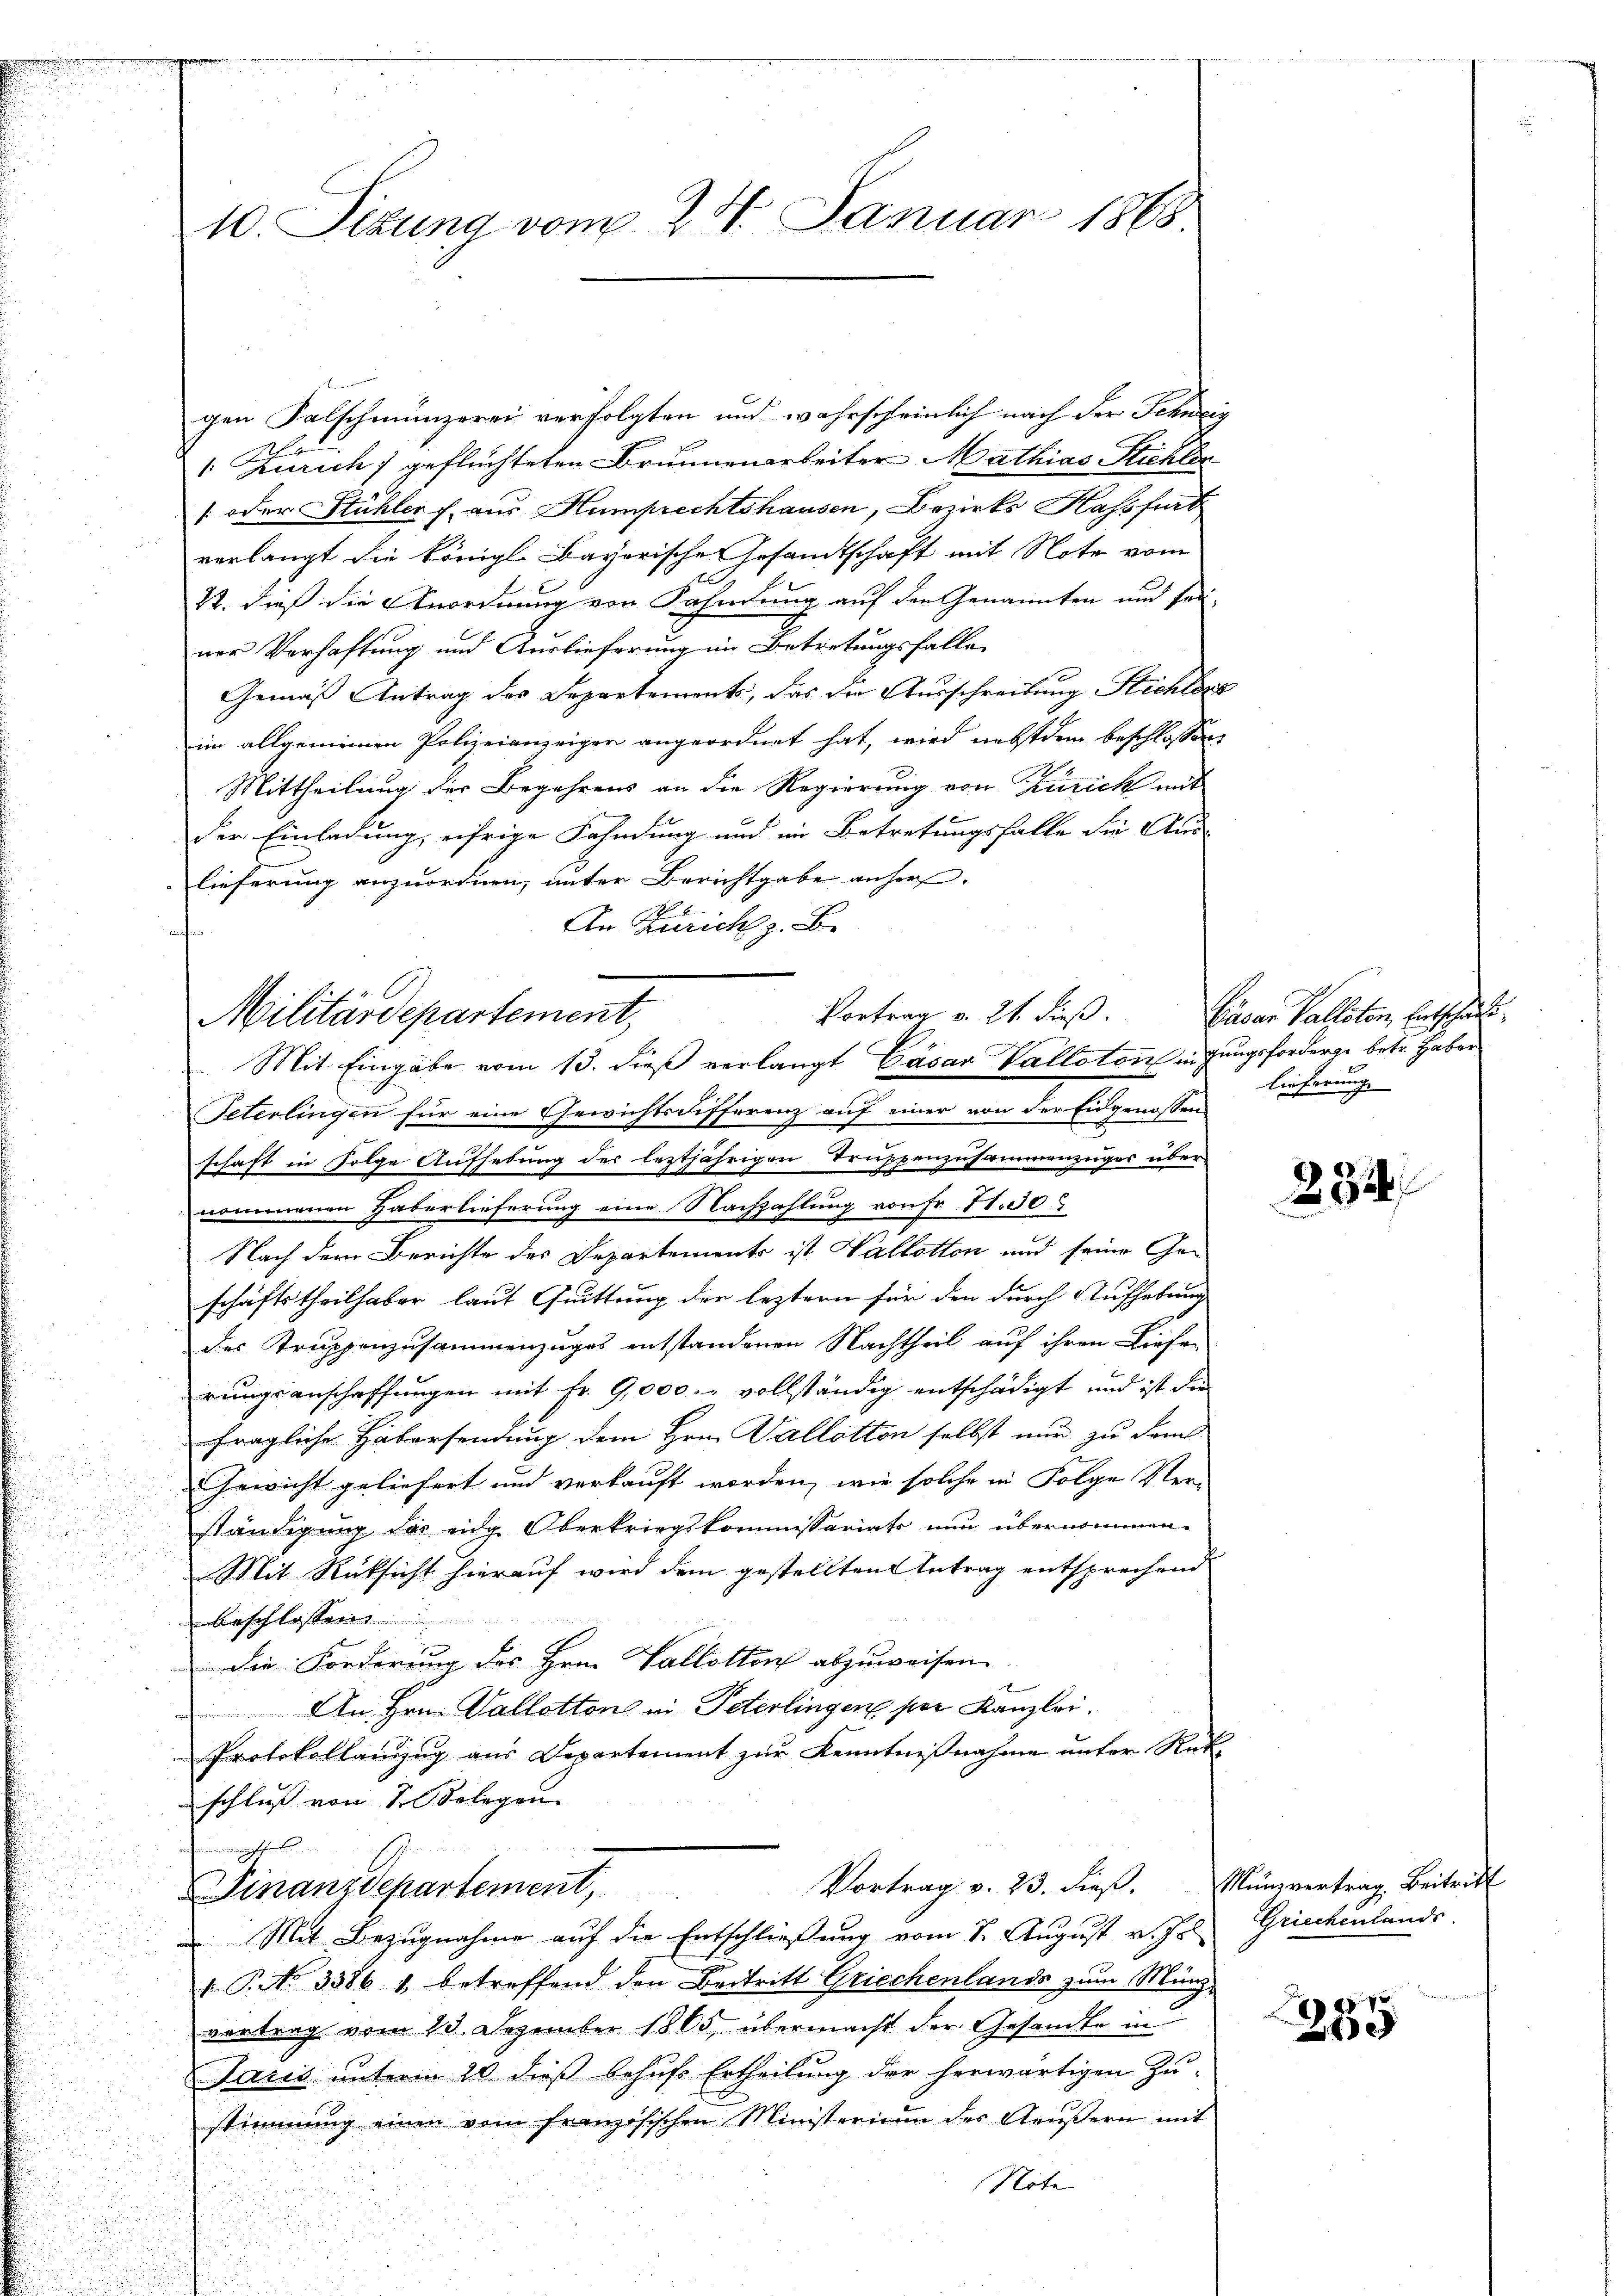
10. Situng vom 24. Januar 1868.

gen Falschmünzerei verfolgten und wahrscheinlich nach der Schweig
 Zürich) geflüchteten Brunnenarbeiter Mathias Stichler
: oder Stühler f. aus Humprechtshausen, Bezirks Hassfurt
verlangt die königl. Bayerische Gesandtschaft mit Note vom
22. dieß die Anordnung von Kahndung auf den Genannten und ferner Verhaftung und Auslieferung im Betretungsfalle
Gemäß Antrag des Departements, das die Ausschreibung Stichbere
im allgemeinen Polizeianzeigen angeordnet hat, wird nebstdem beschlossen
Mittheilung der Begehrens an die Regierung von Zürich mit
der Einladung, eifrige Fahndung und im Betretungsfalle die Aus-
lieferung anzuordnen, unter Berichtgabe anher
An Zürich z. B.
Peterlingen für eine Gewichtsdifferenz auf einer von der Eidgenossen
schaft in Folge Aufhebung der leztjährigen Truppenzusammenzuges über
nommenen Haberlieferung eine Nachzahlung von Fr. St.30)
Nach dem Berichte des Departements ist Vallotton und seine Geschäftstheilhaber laut Quittung der leztern für den durch Aufhebung
des Truppenzusammenzuges entstandenen Nachtheil auf ihren Liefe-
rungsanschaffungen mit fr. 9,000.- vollständig entschädigt und ist die
fragliche Habersendung dem Hrn. Vallotton selbst nun zu dem
Gewicht geliefert und verkauft worden, wie solche in Folge Ver-
ständigung das eidg. Oberkriegskommissariats nun übernommen.
Mit Rücksicht hierauf wird dem gestellten Antrag entsprechend
beschlossens
1
die Forderung des Hrn. Vallotton abzuweisen.
An Hrn. Vallotton vi Peterlingen per Kanzlei.
Protokollanzug aus Departement zur Kenntnißnahme unter Rük
schluß von Telegen

Vortrag v. 21. dieß.
Militärdepartement,
Mit Eingabe vom 13. dieß verlangt Cäsar Vallaton eigungsforderge betr. Haber

t
Vortrag v. 23. dieß. Münzvertrag Beitritt
Finanzdepartement,
 Mit Bezugnahme auf die Entschließung vom 7. August v. Jos. Griechenlands

1 P. No 3386. 1 betreffend den Beitritt Griechenlands zum Münz-
vertrag vom 13. Dezember 1865, übermacht der Gesandte in
Jaris unterm 20. dieß behufs Ertheilung der herwärtigen Zu-
stimmung einen vom französischen Ministerium des Aeŭβern mit
Note

Cäsar Palloten, Entschaft
lieferung.

282

er